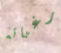
رغباته